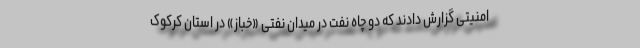
امنیتی گزارش دادند که دو چاه نفت در میدان نفتی «خباز» در استان کرکوک